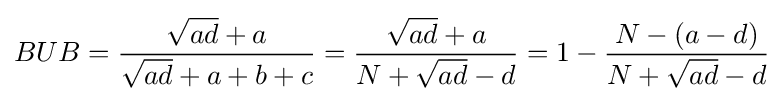
BUB={\frac {{\sqrt {ad}}+a}{{\sqrt {ad}}+a+b+c}}={\frac {{\sqrt {ad}}+a}{N+{\sqrt {ad}}-d}}=1-{\frac {N-(a-d)}{N+{\sqrt {ad}}-d}}